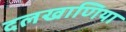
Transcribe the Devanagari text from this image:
दलखाणिया